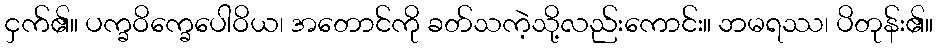
ငှက်၏။ ပက္ခဝိက္ခေပေါဝိယ၊ အတောင်ကို ခတ်သကဲ့သို့လည်းကောင်း။ ဘမရဿ၊ ပိတုန်း၏။